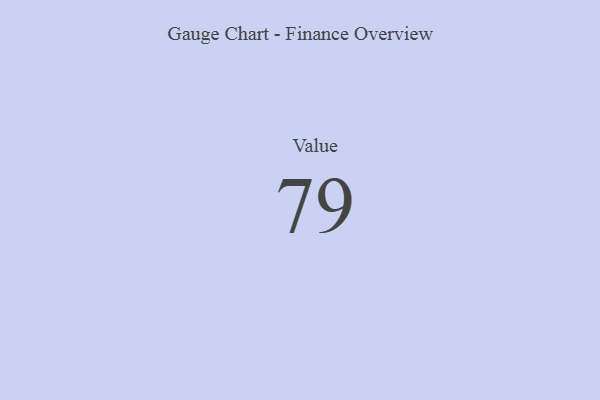
{"axis": {"x": "Metric", "y": "Value"}, "legend": [""], "data": [{"x": "Value", "y": 79, "type": ""}]}